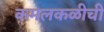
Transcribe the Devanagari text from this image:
कमलकळीची